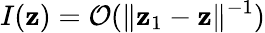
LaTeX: I(\mathbf{z})=\mathcal{O}(\| \mathbf{z}_{1}-\mathbf{z}\| ^{-1})